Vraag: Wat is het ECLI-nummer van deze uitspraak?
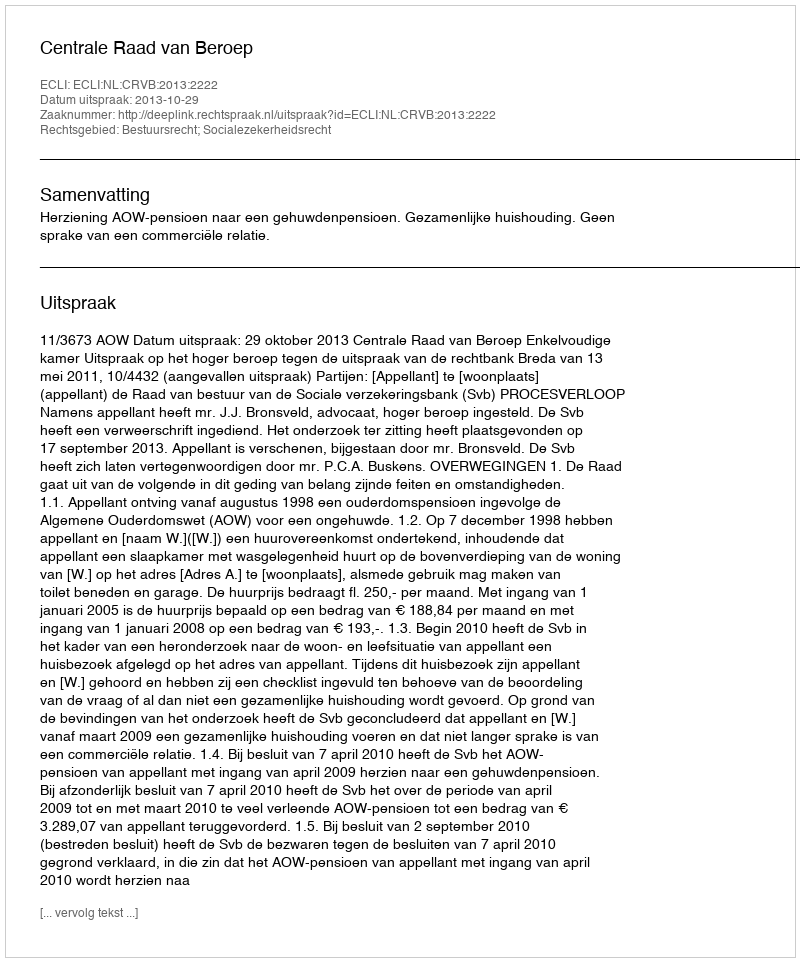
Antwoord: ECLI:NL:CRVB:2013:2222